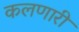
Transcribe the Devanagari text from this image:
कलणारी